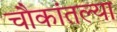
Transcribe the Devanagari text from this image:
चौकांतल्या